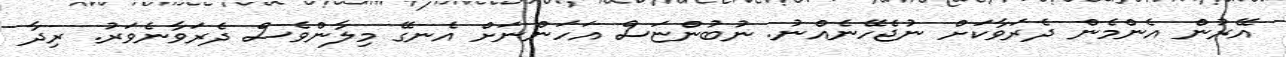
އޭރުން އެންމެން ދެރަވާކަށް ނުޖެހޭނެއްނު. ނުބުންޏަސް އަހަންނަށް އެނގޭ މިލާންވެސް ދެރަވާނެވަރު. ރިދާ